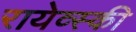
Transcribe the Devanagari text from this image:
रायेव्स्की